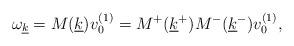
LaTeX: \begin{gather*}\omega_{\underline k}=M(\underline k)v_{0}^{(1)}=M^{+}(\underline k^{+})M^{-}(\underline k^{-})v_{0}^{(1)},\end{gather*}